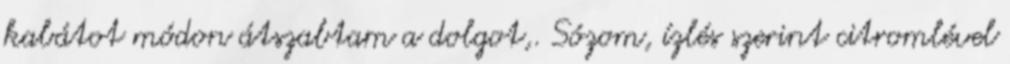
kabátot módon átszabtam a dolgot,. Sózom, ízlés szerint citromlével